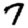
Digit: 7